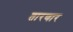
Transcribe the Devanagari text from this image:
तारणार